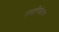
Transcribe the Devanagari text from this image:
तंत्रानिकेतन